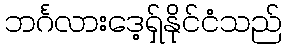
ဘင်္ဂလားဒေ့ရှ်နိုင်ငံသည်